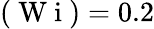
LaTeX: (\mathrm{~W~i~})=0.2